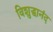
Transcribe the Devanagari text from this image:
विशुद्धानंद